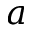
{ a }